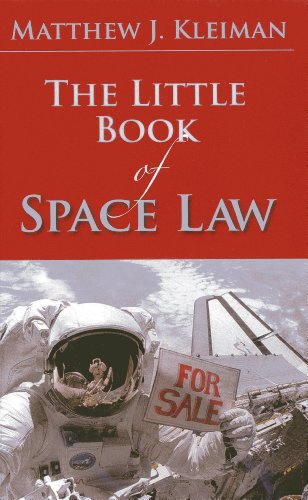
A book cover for The Little Book of Space Law (ABA Little Books Series); Matthew J. Kleiman; Law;